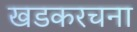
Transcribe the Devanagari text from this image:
खडकरचना